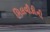
મિલવૌકીની